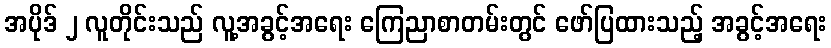
အပိုဒ် ၂ လူတိုင်းသည် လူ့အခွင့်အရေး ကြေညာစာတမ်းတွင် ဖော်ပြထားသည့် အခွင့်အရေး